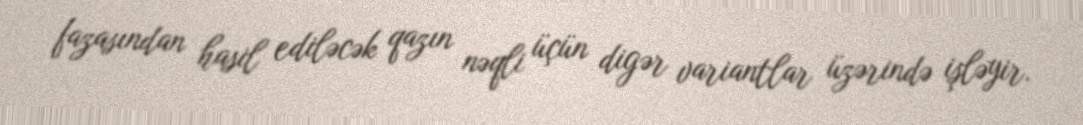
fazasından hasil ediləcək qazın nəqli üçün digər variantlar üzərində işləyir.